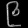
Digit: ၉